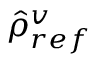
\hat { \rho } _ { r e f } ^ { v }